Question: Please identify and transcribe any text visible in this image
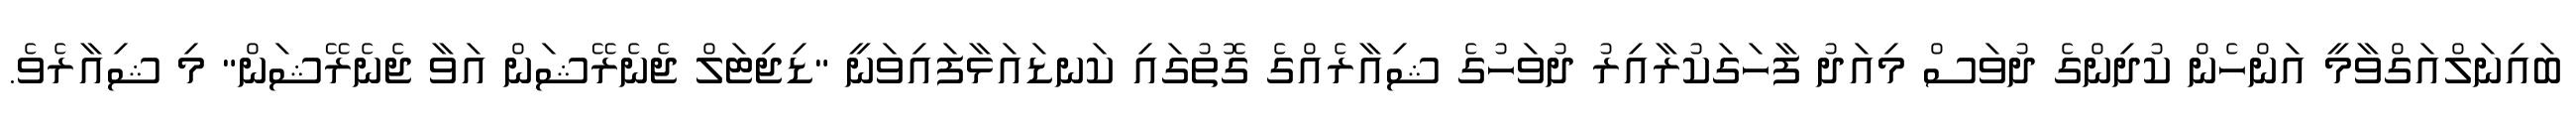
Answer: ބައިނަލްއަގްވާމީ އަންހެން ކުދިންގެ ދުވަސް މިއަދު ފާހަގަކުރާއިރު ދުވަހުގެ ޝިއާރެއްގެ ގޮތުގައި ކަނޑައަޅާފައިވަނީ "ޑިޖިޓަލް ޖެނެރޭޝަން އަވާ ޖެނެރޭޝަން" މި ޝިއާރެވެ.